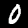
Label: 0